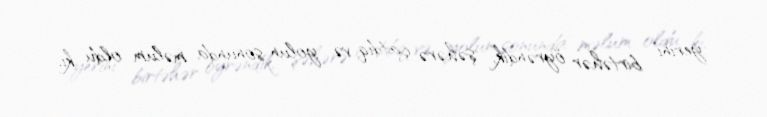
yerini birtəhər öyrəndik, şəhərə çatdıq və yolun sonunda məlum oldu ki,